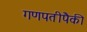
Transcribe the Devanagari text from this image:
गणपतीपैकी